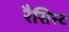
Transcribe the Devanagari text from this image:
रैसिस्ट